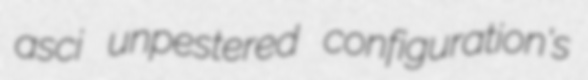
asci unpestered configuration's